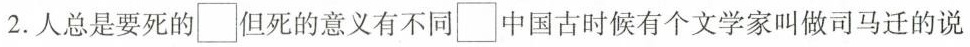
2.人总是要死的\square 但死的意义有不同\square 中国古时候有个文学家叫做司马迁的说